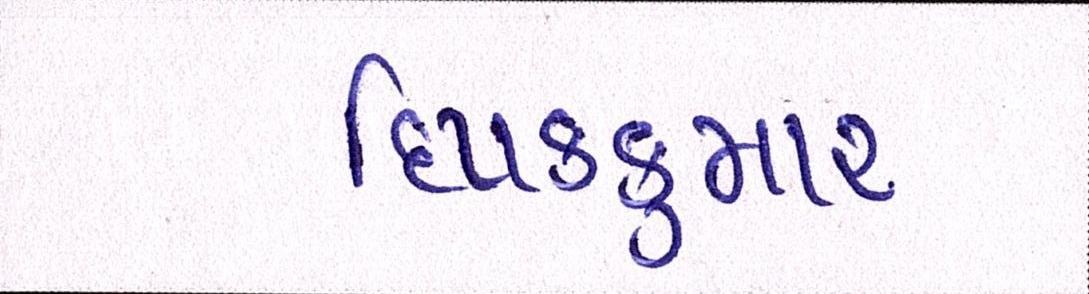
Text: દિપકકુમાર